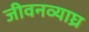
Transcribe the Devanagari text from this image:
जीवनव्याघ्र